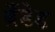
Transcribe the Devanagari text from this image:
ब्रँडेड